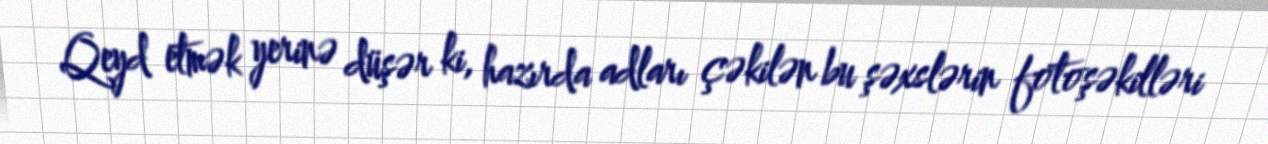
Qeyd etmək yerinə düşər ki, hazırda adları çəkilən bu şəxslərin fotoşəkilləri